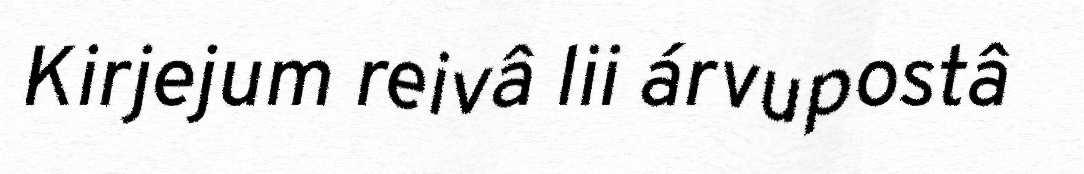
Kirjejum reivâ lii árvupostâ